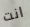
انت